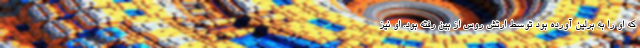
که او را به برلین آورده بود توسط ارتش روس از بین رفته بود. او نیز